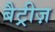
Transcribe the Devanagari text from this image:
बैट्रीज़